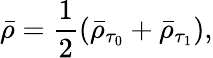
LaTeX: \bar{\rho}=\frac{1}{2}\left(\bar{\rho}_{\tau_{0}}+\bar{\rho}_{\tau_{1}}\right),